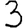
Digit: 3